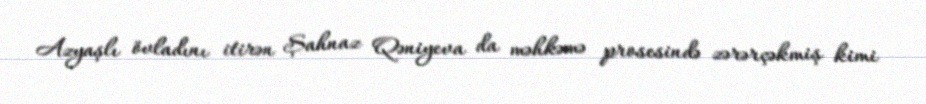
Azyaşlı övladını itirən Şahnaz Qəniyeva da məhkəmə prosesində zərərçəkmiş kimi